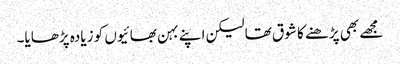
مجھے بھی پڑھنے کا شوق تھا لیکن اپنے بہن بھائیوں کو زیادہ پڑھایا۔